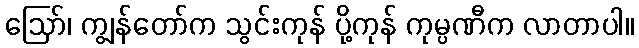
ဪ၊ ကျွန်တော်က သွင်းကုန် ပို့ကုန် ကုမ္ပဏီက လာတာပါ။